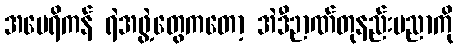
အမေရိကန် ရဲအဖွဲ့တွေကတော့ အဲဒီဉာဏ်တုနည်းပညာကို